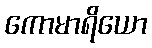
ကောမာရိယော